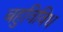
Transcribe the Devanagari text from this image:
बहुविविध